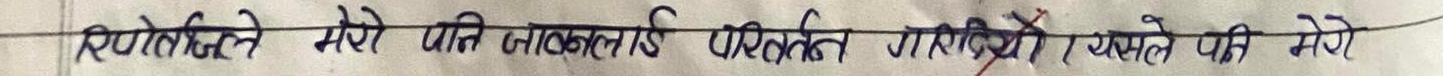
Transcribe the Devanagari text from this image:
रिपोटैले मेरो प्रति नकारात्मक परिर्वतन गरिदियो । यसले पनि मेरो